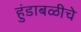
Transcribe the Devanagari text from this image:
हुंडाबळीचे